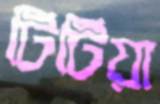
টিটিয়া